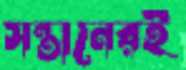
সন্তানেরই